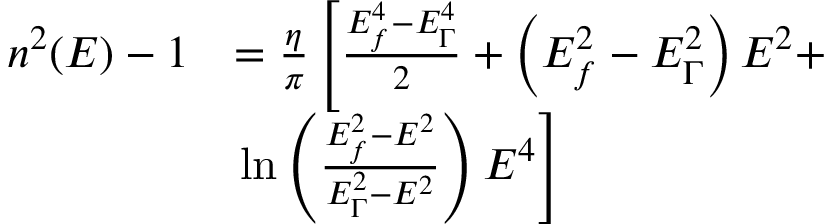
\begin{array} { r l } { n ^ { 2 } ( E ) - 1 } & { = \frac { \eta } { \pi } \left[ \frac { E _ { f } ^ { 4 } - E _ { \Gamma } ^ { 4 } } { 2 } + \left( E _ { f } ^ { 2 } - E _ { \Gamma } ^ { 2 } \right) E ^ { 2 } + \right. } \\ & { \left. \ln \left( \frac { E _ { f } ^ { 2 } - E ^ { 2 } } { E _ { \Gamma } ^ { 2 } - E ^ { 2 } } \right) E ^ { 4 } \right] } \end{array}